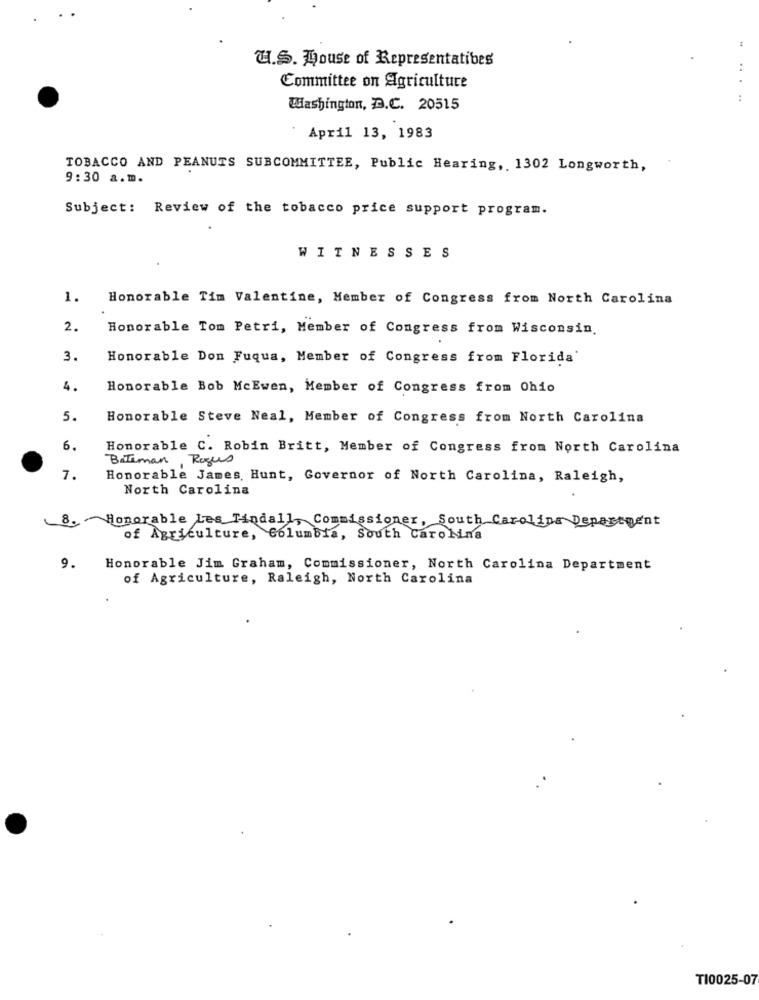
W.S. House of Representatibes
Committee on Agriculture
.. .
:
Washington, D.C. 20515
April 13, 1983
TOBACCO AND PEANUTS SUBCOMMITTEE, Public Hearing, 1302 Longworth,
9:30 a.m.
Subject: Review of the tobacco price support program.
WITNESSES
1.
Honorable Tim Valentine, Member of Congress from North Carolina
2.
Honorable Tom Petri, Member of Congress from Wisconsin.
3.
Honorable Don Fuqua, Member of Congress from Florida'
4.
Honorable Bob McEwen, Member of Congress from Ohio
5.
Honorable Steve Neal, Member of Congress from North Carolina
6.
Honorable C. Robin Britt, Member of Congress from North Carolina
Bateman, Rogus
7.
Honorable James Hunt, Governor of North Carolina, Raleigh,
North Carolina
8. Honorable Les Tindall, Commissioner, South Carolina Department
of Agriculture, Columbia, South Carolina
9.
Honorable Jim Graham, Commissioner, North Carolina Department
of Agriculture, Raleigh, North Carolina
TI0025-07